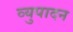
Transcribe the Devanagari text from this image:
व्युपादन